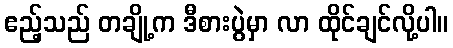
ဧည့်သည် တချို့က ဒီစားပွဲမှာ လာ ထိုင်ချင်လို့ပါ။